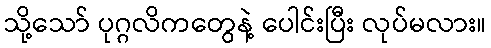
သို့သော် ပုဂ္ဂလိကတွေနဲ့ ပေါင်းပြီး လုပ်မလား။